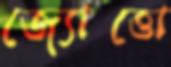
জ্যোত্তো